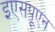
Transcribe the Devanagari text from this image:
इएसपूएन